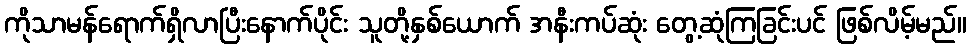
ကိုသာမန်ရောက်ရှိလာပြီးနောက်ပိုင်း သူတို့နှစ်ယောက် အနီးကပ်ဆုံး တွေ့ဆုံကြခြင်းပင် ဖြစ်လိမ့်မည်။